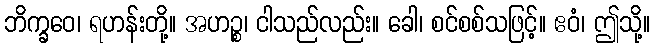
ဘိက္ခဝေ၊ ရဟန်းတို့။ အဟဉ္စ၊ ငါသည်လည်း။ ခေါ၊ စင်စစ်သဖြင့်။ ဧဝံ၊ ဤသို့။